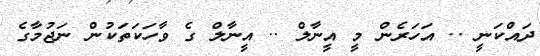
ދައްކަނީ .. އަހަރެން މީ އީނާލް .. އީނާލް ގެ ވާހަކަތަކުން ނަޖުމާގެ